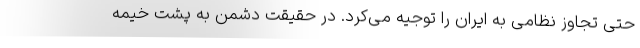
حتی تجاوز نظامی به ایران را توجیه می‌کرد. در حقیقت دشمن به پشت خیمه